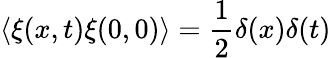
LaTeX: \langle\xi(x,t)\xi(0,0)\rangle=\frac{1}{2}\delta(x)\delta(t)